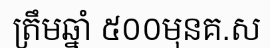
ត្រឹមឆ្នាំ ៥០០មុនគ.ស